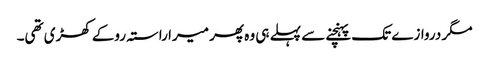
مگر دروازے تک پہنچنے سے پہلے ہی وہ پھر میرا راستہ روکے کھڑی تھی۔